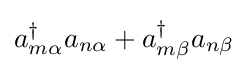
a_{m\alpha }^{\dagger }a_{n\alpha }+a_{m\beta }^{\dagger }a_{n\beta }